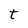
Character: t